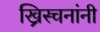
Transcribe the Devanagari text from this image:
ख्रिस्चनांनी